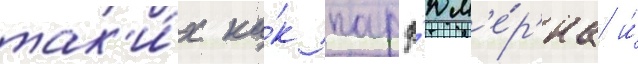
так'и́х ка́к парф'юм'е́р'иа и́